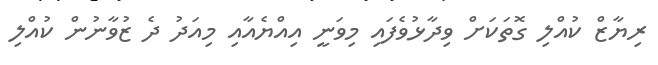
ރިޔާޒް ކުއްލި ގޮތަކަށް ވިދާޅުވެފައި މިވަނީ އިއްޔެއާއި މިއަދު ދެ ޒުވާނުން ކުއްލި